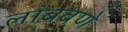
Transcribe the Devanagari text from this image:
लांबवणे